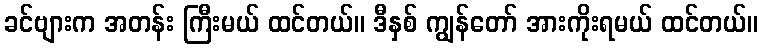
ခင်ဗျားက အတန်း ကြီးမယ် ထင်တယ်။ ဒီနှစ် ကျွန်တော် အားကိုးရမယ် ထင်တယ်။